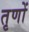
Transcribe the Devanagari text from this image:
तृणों